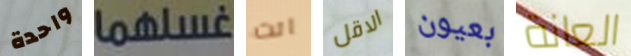
واحدة غسلهما انت الاقل بعيون العانة